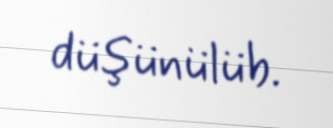
düşünülüb.